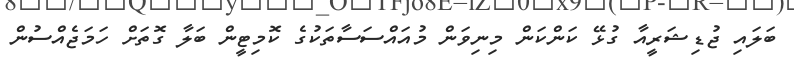
ބަލައި ޖުޑިޝަރީއާ ގުޅޭ ކަންކަން މިނިވަން މުއައްސަސާތަކުގެ ކޮމިޓީން ބަލާ ގޮތަށް ހަމަޖެއްސުން